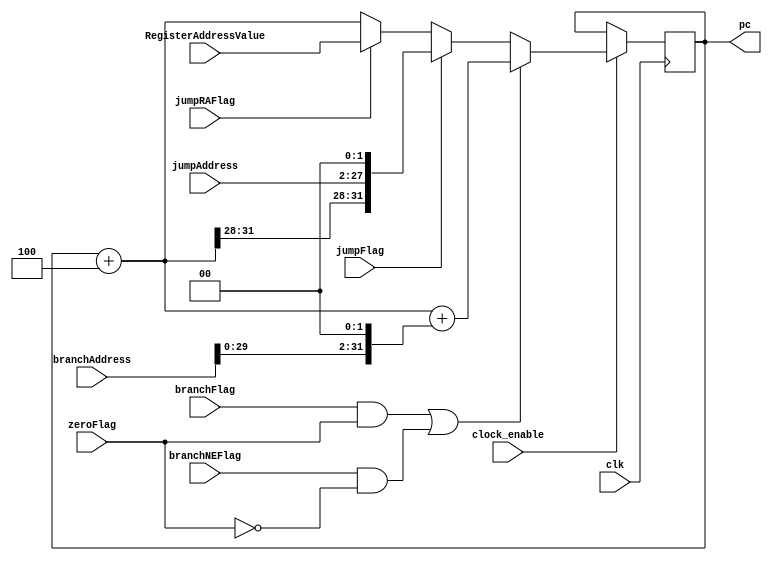
`timescale 1ns / 1ps

module ProgramCounter(
    input wire clk,
    input wire clock_enable,
    input wire zeroFlag,
    input wire branchFlag,
    input wire branchNEFlag, 
    input wire [31:0] branchAddress,
    input wire jumpFlag,    
    input wire [25:0] jumpAddress, 
    input wire jumpRAFlag, 
    input wire [31:0] RegisterAddressValue,
    output wire [31:0]pc
    );
    reg [31:0] pc_reg, pc_reg_next;
    initial begin
        pc_reg <= 0;
        pc_reg_next <= 0;
    end
    
    always @(posedge clk)
    begin
        if(clock_enable)
        begin    
            pc_reg <= pc_reg_next;        
        end
    end
    
    always @ *
    begin
        pc_reg_next = pc_reg + 4;
        if((branchFlag && zeroFlag) || (branchNEFlag && !zeroFlag)) 
            pc_reg_next = pc_reg_next + (branchAddress << 2);
        else if(jumpFlag)
            pc_reg_next = {pc_reg_next[31:28], jumpAddress, 1'b0, 1'b0};      
        else if(jumpRAFlag)
            pc_reg_next = RegisterAddressValue;
    end      
    assign pc = pc_reg;
endmodule